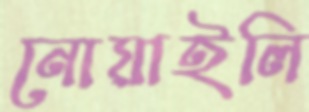
নোয়াইলি